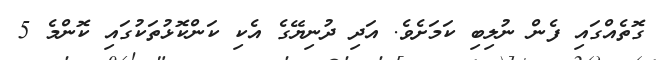
ގޮތެއްގައި ފެން ނުލިބި ކަމަށެވެ. އަދި ދުނިޔޭގެ އެކި ކަންކޮޅުތަކުގައި ކޮންމެ 5